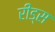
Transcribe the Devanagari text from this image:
रीड्स